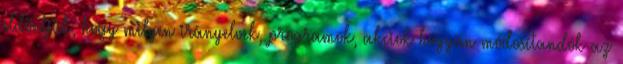
eldöntjük, hogy milyen irányelvek, programok, akciók hogyan módosítandók az